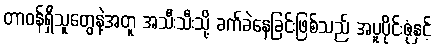
တာဝန်ရှိသူတွေနဲ့အတူ အသီးသီးသို့ ခက်ခဲနေခြင်းဖြစ်သည် အပူပိုင်းဇုံနှင့်